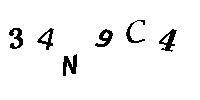
34N9C4